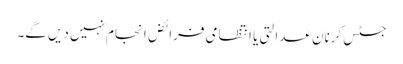
جسٹس کرنان عدالتی یا انتظامی فرائض انجام نہیں دیں گے۔